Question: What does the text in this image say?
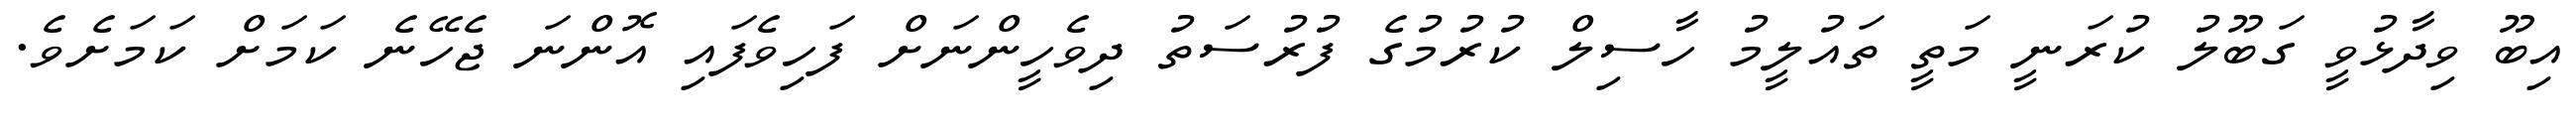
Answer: އިބޫ ވިދާޅުވީ ގަބޫލު ކުރަނީ މަތީ ތައުލީމު ހާސިލް ކުރުމުގެ ފުރުސަތު ދިވެހީންނަށް ފަހިވެފައި އޮންނަ ޖެހޭނެ ކަމަށް ކަމަށެވެ.